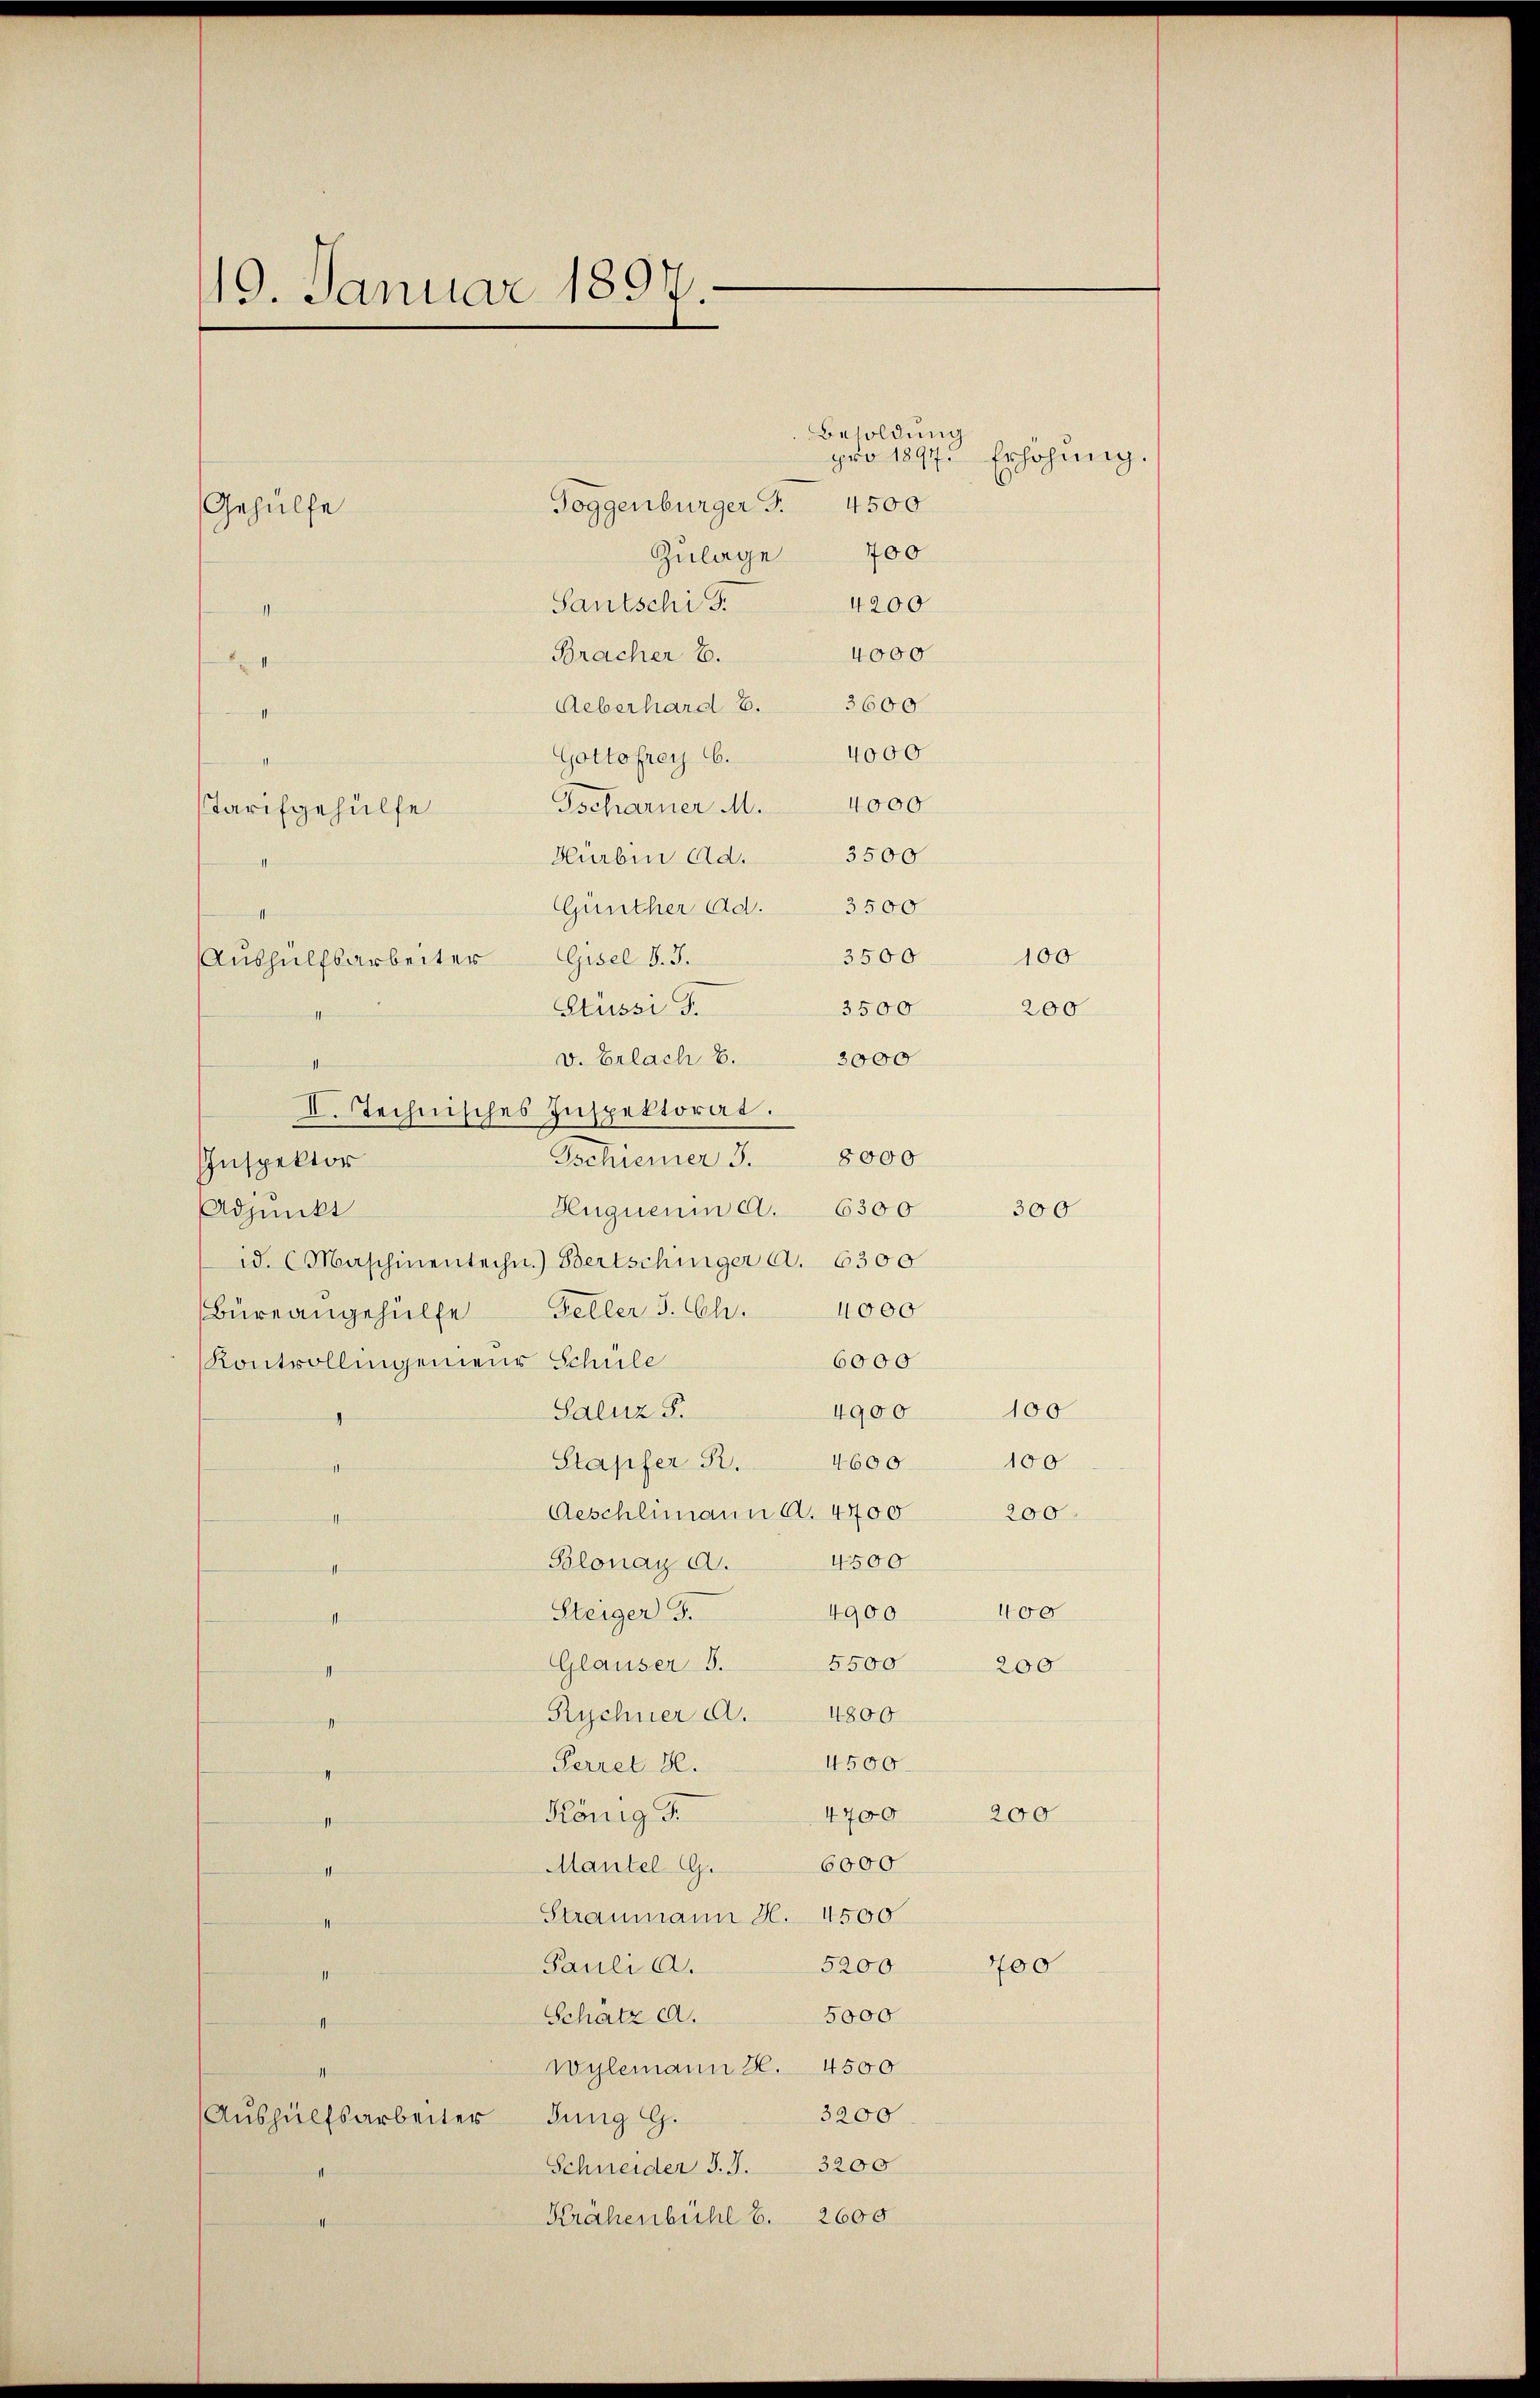
19. Januar 1897.

Toggenbürger J.
Gehülfe
700
Zulage
4200
Santschi J.
11
4000
Bracher E.
t
Ueberhard 6. 3600
e
Gottofrey 66. 4000
men h
Tscharner M. 4000
Tarifgehülfe
Hürben Ad. 3500
e
Günther Ad. 3500
3500
Aushülfsarbeiter Gisel S. 3.
Sussi T.
3500
v. Erlach S. 3000
II. Technisches Inspektorat.
Tschiener 3. 8000
Inspektor
Hugueum d. 6300
Adjunkt
id. (Maschinentechn.) Bertschiniger a. 6300
4000
Feller 3. Ch.
Büreangehülfe
6000
Kontrollingenieur Schule
4900
Saluz S.
4600
Stapfer R.
Geschlimann a. 4700
4500
Blonay a.
4900
Steiger F.
Glauser S. 5500
Rychner A. 4800
4500
Perret S.
4700
König F
Mantel G. 6000
e
Straumann H. 4500
5200
Pauli a.
1
5000
Schatz c.
II
Wylemann H. 4500
3200
Aŭshülfsarbeiter dung G.
Schneider J. J. 3200
11
Krahenbühl 6. 2600

Besoldung
pro 1897. Erhöhung
4500

200
400

100
200

300

100
100
200

400
200